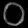
Digit: ၀